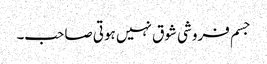
جسم فروشی شوق نہیں ہوتی صاحب۔